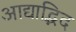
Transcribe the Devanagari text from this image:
आद्याद्भिद